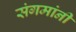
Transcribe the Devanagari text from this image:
संगमांनी